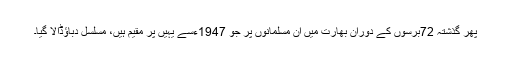
پھر گذشتہ 72برسوں کے دوران بھارت میں ان مسلمانوں پر جو 1947ءسے یہیں پر مقیم ہیں، مسلسل دباﺅڈالا گیا۔